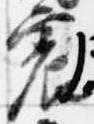
震